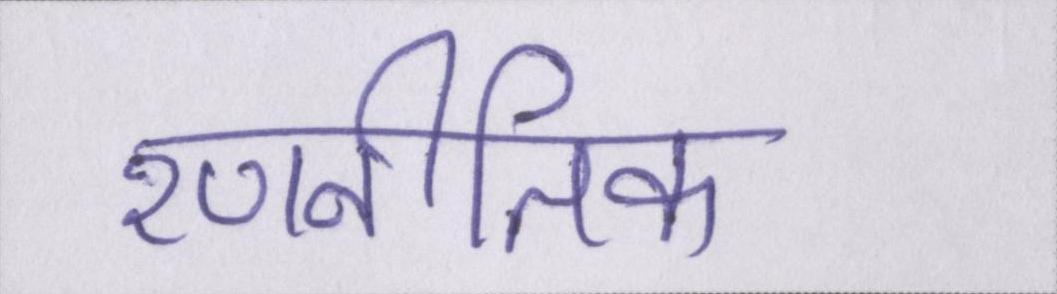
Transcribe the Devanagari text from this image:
रणनीतिक